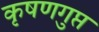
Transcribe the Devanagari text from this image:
कृषणगुप्त